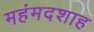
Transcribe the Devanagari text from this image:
महंमदशाह